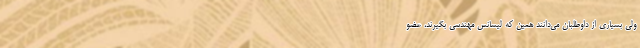
ولی بسیاری از داوطلبان می‌دانند همین که لیسانس مهندسی بگیرند، عضو